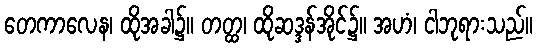
တေကာလေန၊ ထိုအခါ၌။ တတ္ထ၊ ထိုဆဒ္ဒန်အိုင်၌။ အဟံ၊ ငါဘုရားသည်။